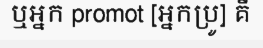
ឬអ្នក promot [អ្នកប្រូ] គឺ